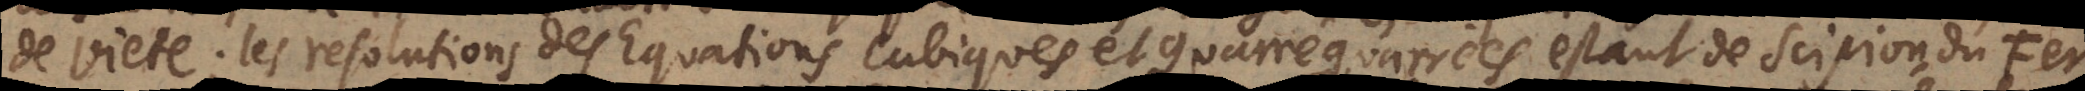
de Viète; les resolutions des Equations cubiques et quarré‐quarrées estant de Scipion du Fer